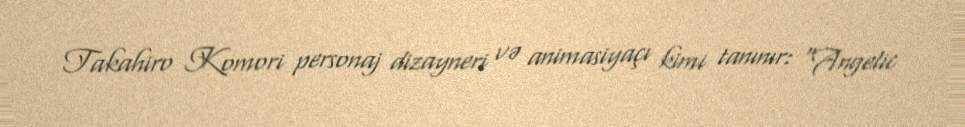
Takahiro Komori personaj dizayneri və animasiyaçı kimi tanınır: "Angelic